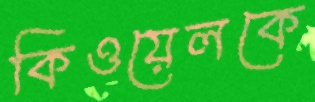
কিওয়েলকে